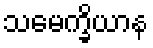
သမေက္ခိယာန